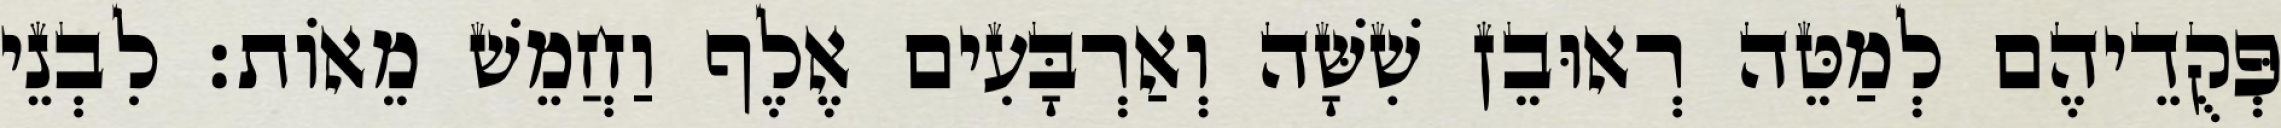
פְּקֻדֵיהֶם לְמַטֵּה רְאוּבֵן שִׁשָּׁה וְאַרְבָּעִים אֶלֶף וַחֲמֵשׁ מֵאוֹת׃ לִבְנֵי